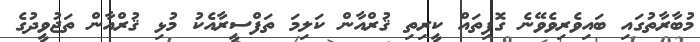
މުބާރާތުގައި ބައިވެރިވެވޭނެ ގޮފިތައް ކީރިތި ޤުރްއާން ކަލިމަ ތަފްސީރާއެކު މުޅި ޤުރްއާން ތަޖުވީދުގެ